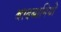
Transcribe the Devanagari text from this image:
बादबानियों